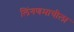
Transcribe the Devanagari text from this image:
लिंगणमाचीला